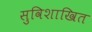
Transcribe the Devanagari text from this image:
सुविशाखित